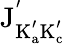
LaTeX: \mathrm{J_{K_{a}^{'}K_{c}^{'}}^{'}}